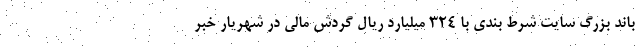
باند بزرگ سایت شرط بندی با ۳۲۴ میلیارد ریال گردش مالی در شهریار خبر